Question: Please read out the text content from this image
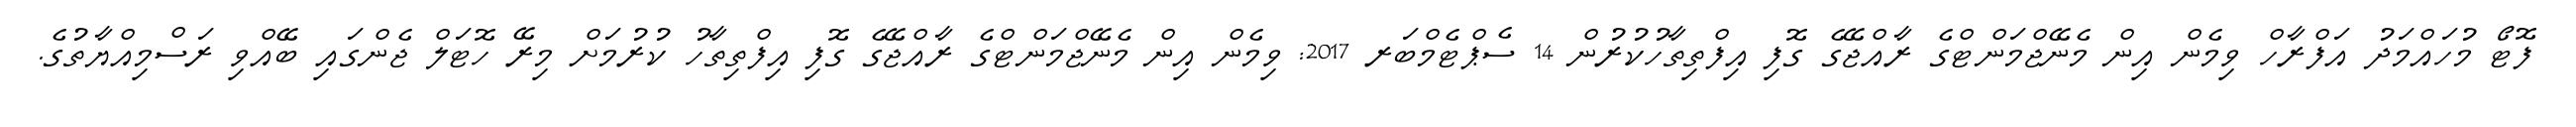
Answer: ފޮޓޯ މުހައްމަދު އަފްރާހް ވިމެން އިން މެނޭޖްމަންޓްގެ ރާއްޖޭގެ ގޮފި އިފްތިތާހުކުރުން 14 ސެޕްޓެމްބަރ 2017: ވިމެން އިން މެނޭޖްމަންޓްގެ ރާއްޖޭގެ ގޮފި އިފްތިތާހު ކުރުމަށް މިރޭ ހޮޓަލް ޖެންގައި ބޭއްވި ރަސްމިއްޔާތުގެ.